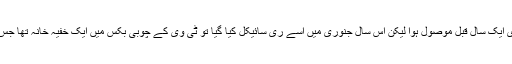
گلوبل الیکٹرک الیکٹرانکس پروسیسنگ پلانٹ کے مینیجر کے مطابق 30 سال پرانا ٹی وی ایک سال قبل موصول ہوا لیکن اس سال جنوری میں اسے ری سائیکل کیا گیا تو ٹی وی کے چوبی بکس میں ایک خفیہ خانہ تھا جس میں ایک لاکھ کینیڈین ڈالر چھپائے گئے تھے جو 50 ڈالر کی گڈیوں کی شکل میں تھے۔